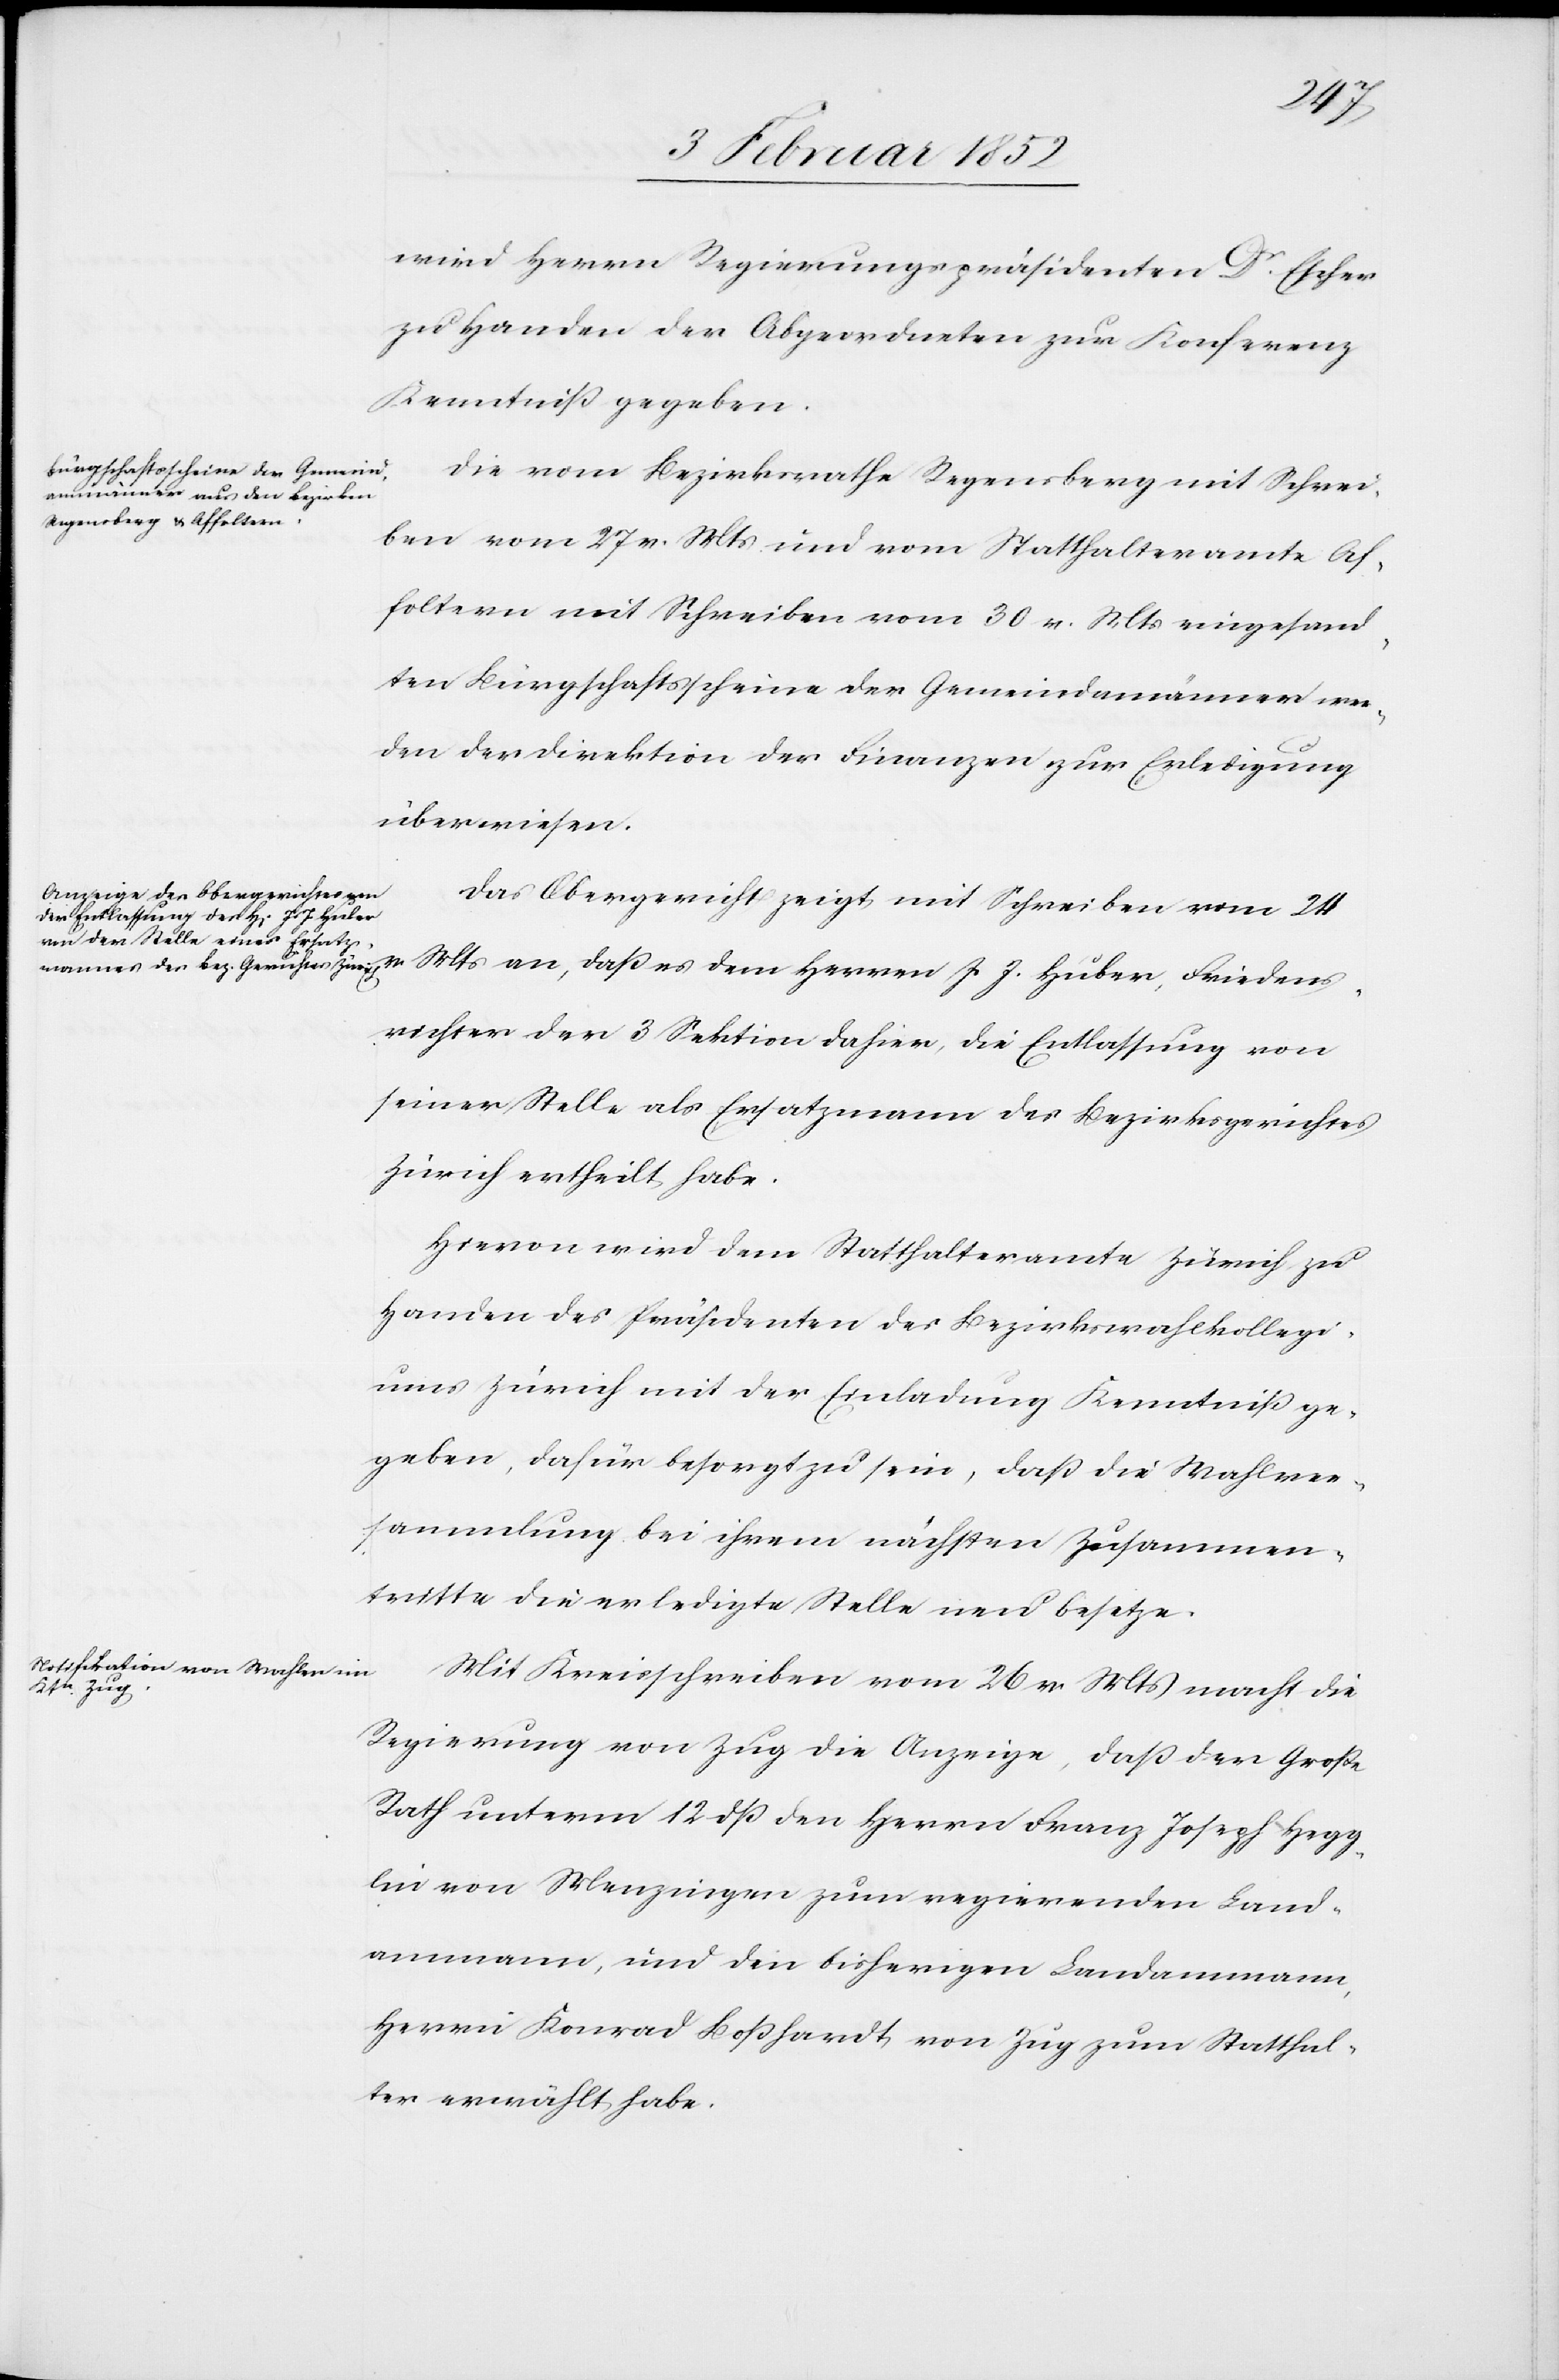
dens¬
wird Herrn Regierungspräsidenten Dr. Escher
zu Handen der Abgeordneten zur Konferenz
Kenntniß gegeben.
Die vom Bezirksrathe Regensberg mit Schrei¬
ben vom 27. v. Mts und vom Statthalteramte Af¬
foltern mit Schreiben vom 30. v. Mts eingesand¬
ten Bürgschaftsscheine der Gemeindammänner wer¬
den der Direktion der Finanzen zur Erledigung
überwiesen.
Das Obergericht zeigt mit Schreiben vom 24
richter der 3 Sektion dahier, die Entlassung von
seiner Stelle als Ersatzmann des Bezirksgerichtes
Zürich ertheilt habe.
Hiervon wird dem Statthalteramte Zürich zu
Handen des Präsidenten des Bezirksrathskollegi¬
ums Zürich mit der Einladung Kenntniß ge¬
geben, dafür besorgt zu sein, daß die Wahlver¬
sammlung bei ihrem nächsten Zusammen¬
tritt die erledigte Stelle neu besetze.
Mit Kreisschreiben vom 26 v. Mts macht die
Regierung von Zug die Anzeige, daß der Große
Rath unterm 12 dß den Herrn Franz Joseph Hegg¬
lin von Menzingen zum regierenden Land¬
ammann, und den bisherigen Landammann,
Herrn Konrad Boßhardt von Zug zum Statthal¬
ter erwählt habe.